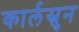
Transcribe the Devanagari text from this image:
कार्लस्रुन